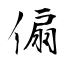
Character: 傓